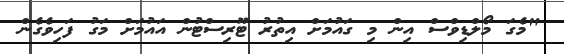
"މެގަ މޯލްޑިވްސް އިން މި ގައުމަށް އިތުރު ޓޫރިސްޓުން އައުމަށް މަގު ފަހިވެގެން